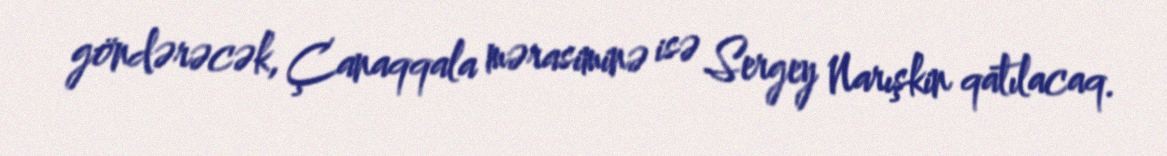
göndərəcək, Çanaqqala mərasiminə isə Sergey Narışkin qatılacaq.